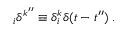
_ { i } \delta ^ { k ^ { \prime \prime } } \equiv \delta _ { i } ^ { k } \delta ( t - t ^ { \prime \prime } ) \; .